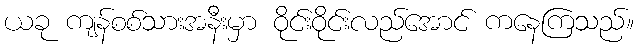
ယခု ကျန်စစ်သားအနီးမှာ ဝိုင်းဝိုင်းလည်အောင် ကနေကြသည်။